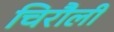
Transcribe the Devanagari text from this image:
चिरौली